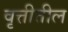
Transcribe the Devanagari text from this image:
वृत्तीतील